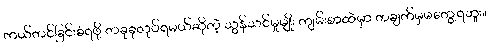
ကယ်တင်ခြင်းခံရဖို့ တခုခုလုပ်ရမယ်ဆိုတဲ့ သွန်သင်မှုမျိုး ကျမ်းစာထဲမှာ တချက်မှမတွေ့ရဘူး။